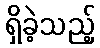
ရှိခဲ့သည့်